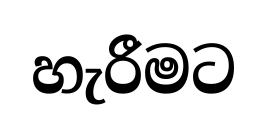
හැරීමට